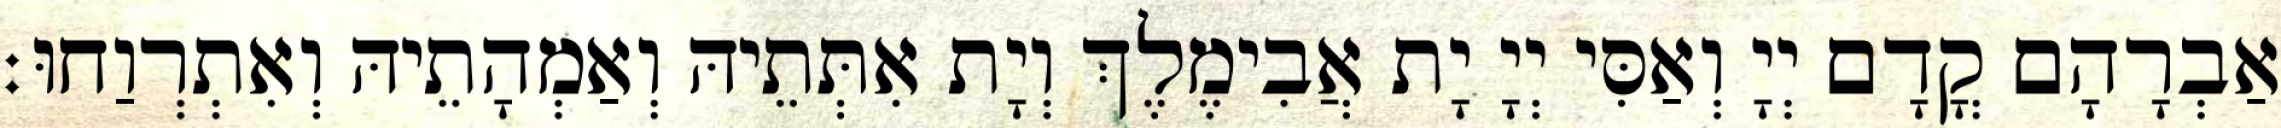
אַבְרָהָם קֳדָם יְיָ וְאַסִּי יְיָ יָת אֲבִימֶלֶךְ וְיָת אִתְּתֵיהּ וְאַמְהָתֵיהּ וְאִתְרְוַחוּ׃